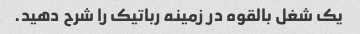
یک شغل بالقوه در زمینه رباتیک را شرح دهید.